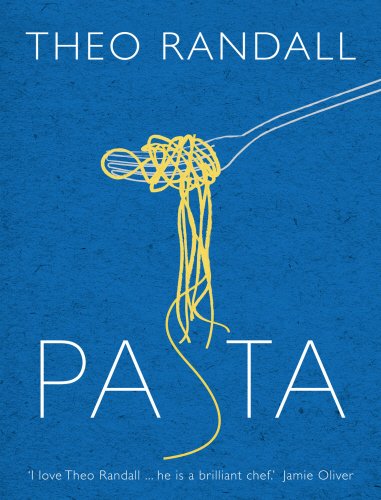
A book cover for Pasta; Theo Randall; Cookbooks, Food & Wine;